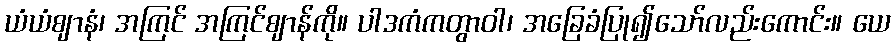
ယံယံဈာနံ၊ အကြင် အကြင်ဈာန်ကို။ ပါဒကံကတွာဝါ၊ အခြေခံပြု၍သော်လည်းကောင်း။ ယေ